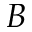
B